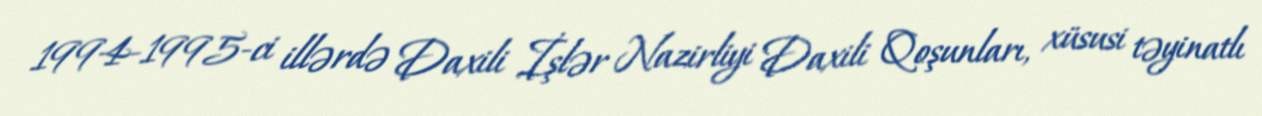
1994-1995-ci illərdə Daxili İşlər Nazirliyi Daxili Qoşunları, xüsusi təyinatlı